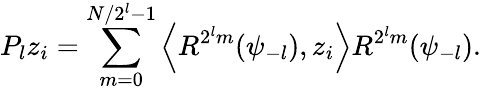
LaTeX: P_{l}z_{i}=\sum_{m=0}^{N/2^{l}-1}\left\langle R^{2^{l}m}(\psi_{-l}),z_{i}\right\rangle R^{2^{l}m}(\psi_{-l}).